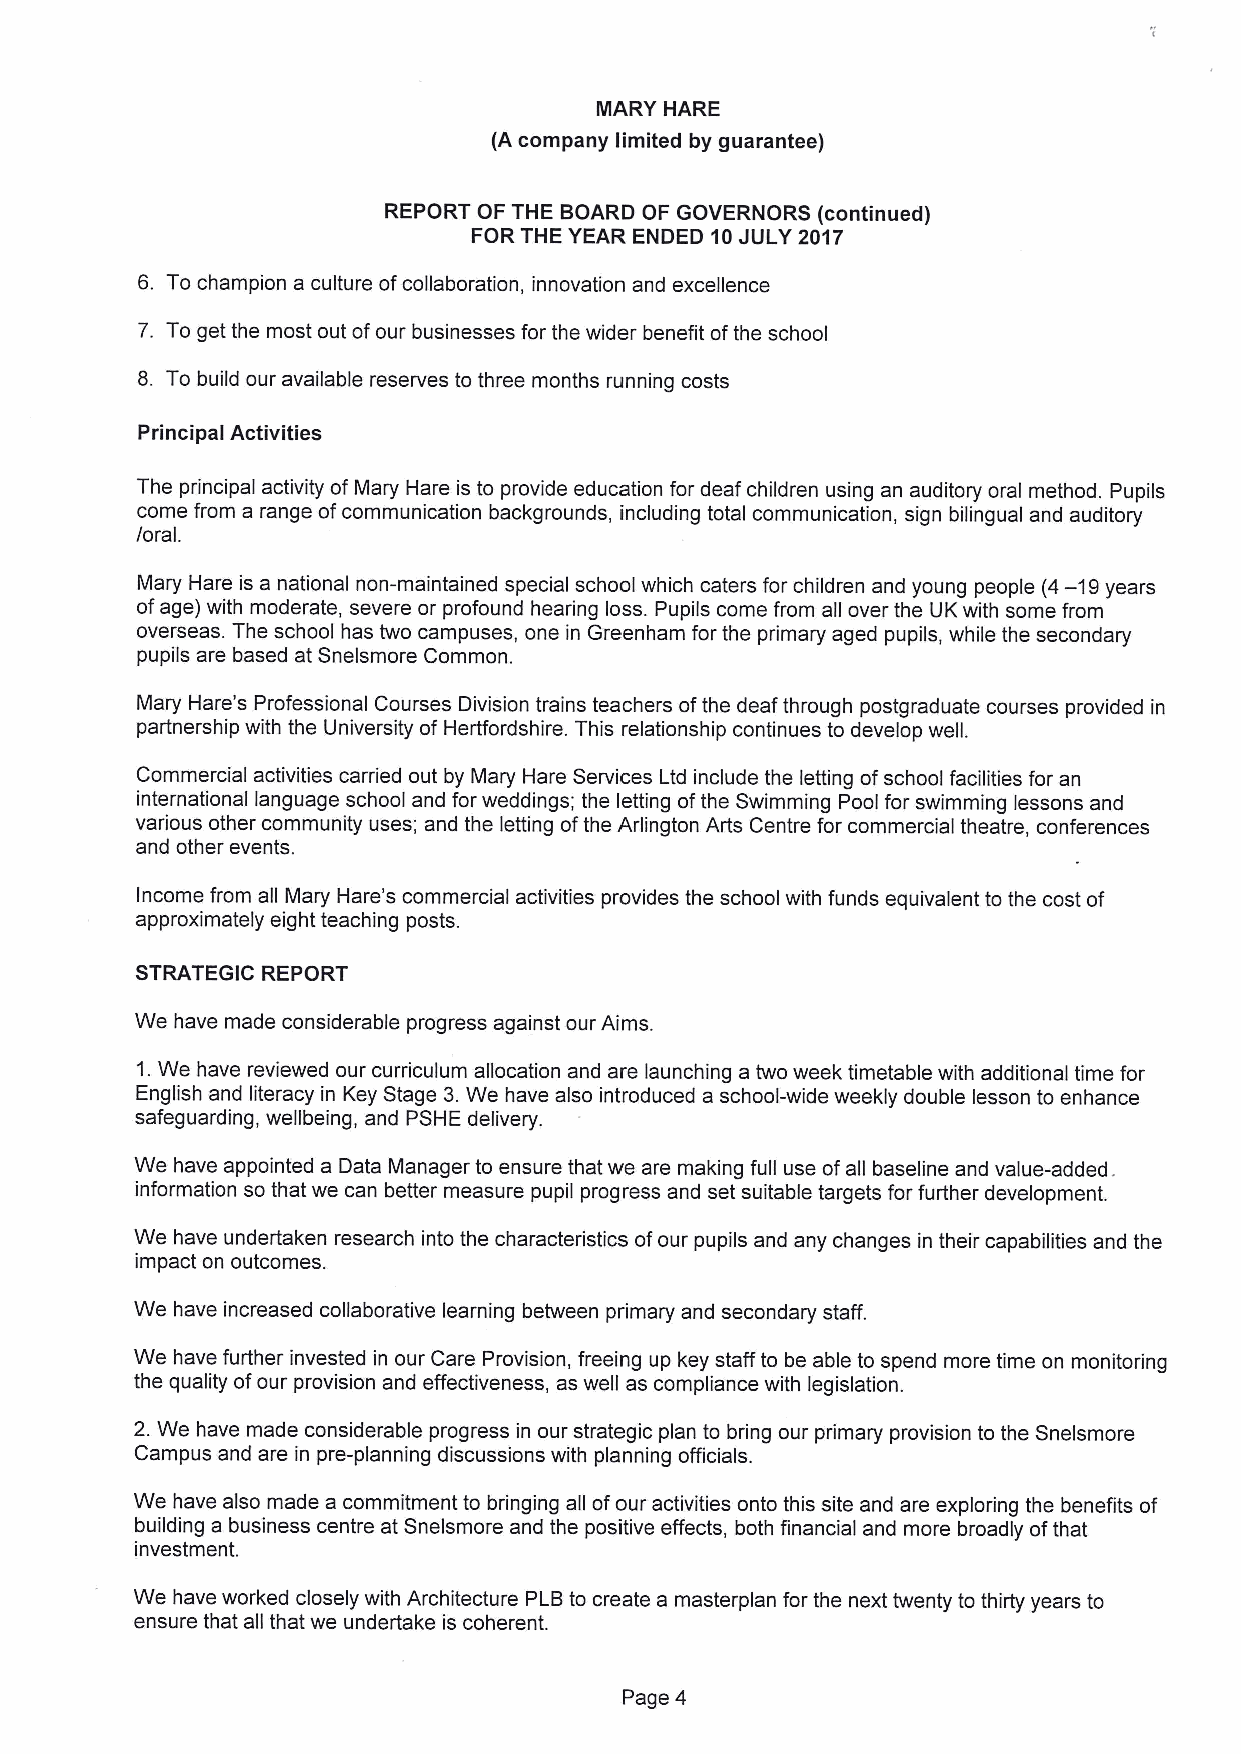
IIARY HARE
 (A company limited by guarantee)
 REPORT OF THE BOARD OF GOVERNORS (continued)
 FOR THE YEAR ENDED 10JULY 2017
 6. To champion a culture ofcollaboration, innovation and excellence
 7. To get the most out ofour businesses for the wider benefit ofthe school
 8. To build our available reserves to three months running costs
 Principal Activities
 The principal activity of Mary Hare is to provide education for deaf children using an auditory oral method. Pupils
 come from a range ofcommunication backgrounds, including total communication, sign bilingual and auditory
 /oral.
 Mary Hare is a national non-maintained special school which caters for children and young people (4—19years
 ofage) with moderate, severe or profound hearing loss. Pupils come from all over the UK with some from
 overseas. The school has two campuses, one in Greenham for the primary aged pupils, while the secondary
 pupils are based at Snelsmore Common.
 Mary Hare's Professional Courses Division trains teachers ofthe deaf through postgraduate courses provided in
 partnership with the University of Hertfordshire. This relationship continues to develop well.
 Commercial activities carried out by Mary Hare Services Ltd include the letting ofschool facilities for an
 international language school and for weddings; the letting ofthe Swimming Pool for swimming lessons and
 various other community uses; and the letting ofthe Arlington Arts Centre for commercial theatre, conferences
 and other events.
 Income from all Mary Hare's commercial activities provides the school with funds equivalent to the cost of
 approximately eight teaching posts.
 STRATEGIC REPORT
 We have made considerable progress against our Aims.
 1.We have reviewed our curriculum allocation and are launching a two week timetable with additional time for
 English and literacy in Key Stage 3.We have also introduced a school-wide weekly double lesson to enhance
 safeguarding, wellbeing, and PSHE delivery.
 We have appointed a Data Manager to ensure that we are making full use ofall baseline and value-added.
 information so that we can better measure pupil progress and set suitable targets for further development.
 We have undertaken research into the characteristics ofour pupils and any changes in their capabilities and the
 impact on outcomes.
 We have increased collaborative learning between primary and secondary staff.
 We have further invested in our Care Provision, freeing up key staff to be able to spend more time on monitoring
 the quality ofour provision and effectiveness, as well as compliance with legislation.
 2.We have made considerable progress in our strategic plan to bring our primary provision to the Snelsmore
 Campus and are in pre-planning discussions with planning officials.
 We have also made a commitment to bringing all ofour activities onto this site and are exploring the benefits of
 building a business centre at Snelsmore and the positive effects, both financial and more broadly ofthat
 investment.
 We have worked closely with Architecture PLBto create a masterplan for the next twenty to thirty years to
 ensure that all that we undertake is coherent.
 Page 4